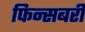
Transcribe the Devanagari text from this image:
फिन्सबरी